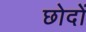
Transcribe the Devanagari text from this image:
छोदों